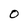
Character: O